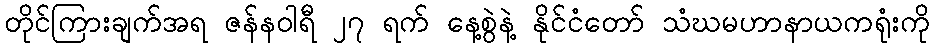
တိုင်ကြားချက်အရ ဇန်နဝါရီ ၂၇ ရက် နေ့စွဲနဲ့ နိုင်ငံတော် သံဃမဟာနာယကရုံးကို